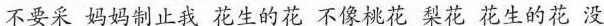
不要采 妈妈制止我 花生的花 不像桃花 梨花 花生的花 没